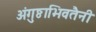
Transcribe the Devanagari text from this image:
अंगुष्ठाभिवतैनी